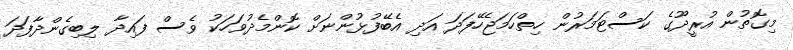
މިގޮތުން އުރީދޫގެ ކަސްޓަމަރުން ހިތްހަމަޖެހޭފަދަ އަދި އެބޭފުޅުންނަށް ކޮންމެދުވަހަކު ވެސް ފައިދާ ލިބިގެންދާފަދަ